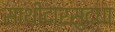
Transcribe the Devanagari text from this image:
साथीदारसुद्धा